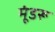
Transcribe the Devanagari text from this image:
मूंडरू